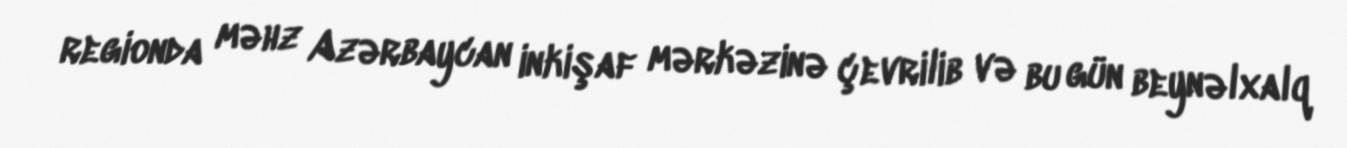
regionda məhz Azərbaycan inkişaf mərkəzinə çevrilib və bu gün beynəlxalq